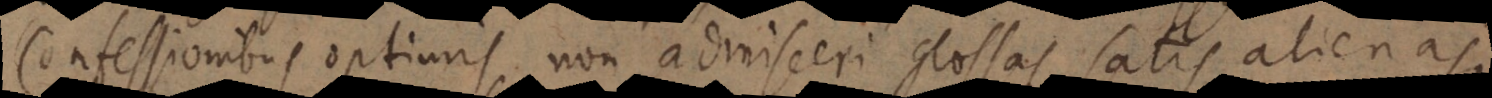
Confessionibus optimis non admisceri glossas satis alienas,